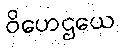
ဝိဟေဌယေ